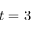
t = 3